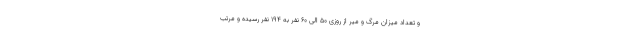
و تعداد میزان مرگ و میر از روزی ۵۰ الی ۶۰ نفر به ۱۹۴ نفر رسیده و مرتب